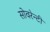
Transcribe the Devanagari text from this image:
सोवरेन्टी